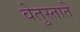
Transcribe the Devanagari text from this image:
वेतुस्ताते